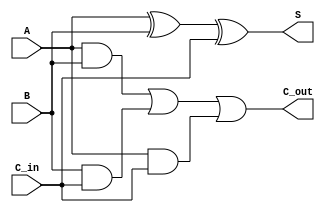
module adder(A,B,C_in,S,C_out);
input A,B,C_in;
output C_out,S;
assign S=A^B^C_in;
assign C_out=(A&B)|(B&C_in)|(A&C_in);
endmodule
module adder_8bit(A,B,C_in,S,C_out);
input[7:0] A,B;
output[7:0] S;
input C_in;
output C_out;
wire[6:0] C;
adder A0(A[0],B[0],C_in,S[0],C[0]);
adder A1(A[1],B[1],C[0],S[1],C[1]);
adder A2(A[2],B[2],C[1],S[2],C[2]);
adder A3(A[3],B[3],C[2],S[3],C[3]);
adder A4(A[4],B[4],C[3],S[4],C[4]);
adder A5(A[5],B[5],C[4],S[5],C[5]);
adder A6(A[6],B[6],C[5],S[6],C[6]);
adder A7(A[7],B[7],C[6],S[7],C_out);
endmodule